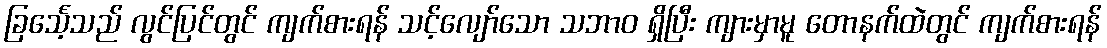
ခြင်္သေ့သည် လွင်ပြင်တွင် ကျက်စားရန် သင့်လျော်သော သဘာဝ ရှိပြီး ကျားမှာမူ တောနက်ထဲတွင် ကျက်စားရန်